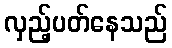
လှည့်ပတ်နေသည်